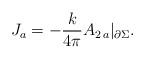
LaTeX: \begin{align*} J_{a} = -\frac{k}{4\pi}A_{2\, a}|_{\partial\Sigma}.\end{align*}